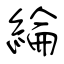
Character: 綸